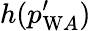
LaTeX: h(p_{\mathrm{W}A}^{\prime})